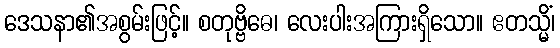
ဒေသနာ၏အစွမ်းဖြင့်။ စတုဗ္ဗိဓေ၊ လေးပါးအကြားရှိသော။ ဧတသ္မိံ၊